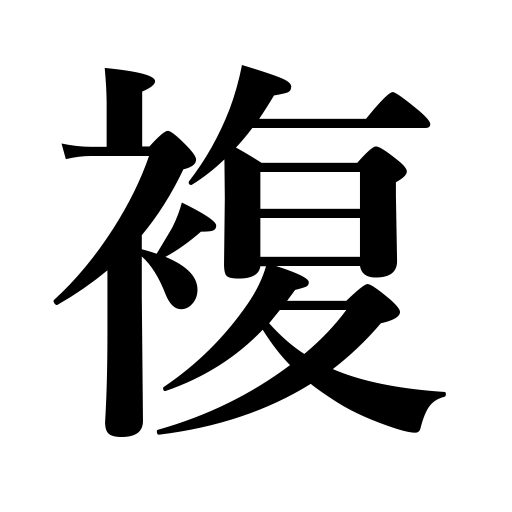
Meanings: double,compound,multiple,composite